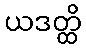
ယဒတ္ထိ